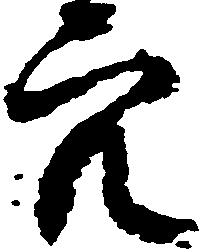
穴